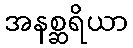
အနစ္ဆရိယာ